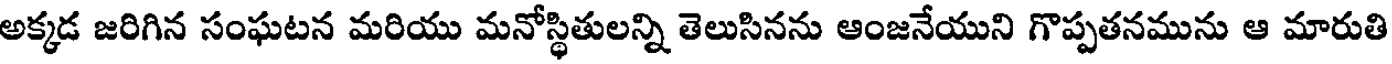
అక్కడ జరిగిన సంఘటన మరియు మనోస్థితులన్ని తెలుసినను ఆంజనేయుని గొప్పతనమును ఆ మారుతి